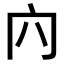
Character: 𠕉